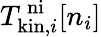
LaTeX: T_{\mathrm{kin},i}^{\mathrm{\, ni}}[n_{i}]